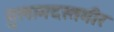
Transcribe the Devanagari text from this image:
गुलामदस्तगीर